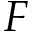
F